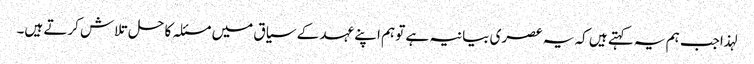
لہذاجب ہم یہ کہتے ہیں کہ یہ عصری بیانیہ ہے تو ہم اپنے عہد کے سیاق میں مسئلہ کا حل تلاش کرتے ہیں۔